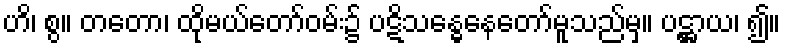
ဟိ၊ စွ။ တတော၊ ထိုမယ်တော်ဝမ်း၌ ပဋိသန္ဓေနေတော်မူသည်မှ။ ပဋ္ဌာယ၊ ၍။